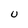
Character: U